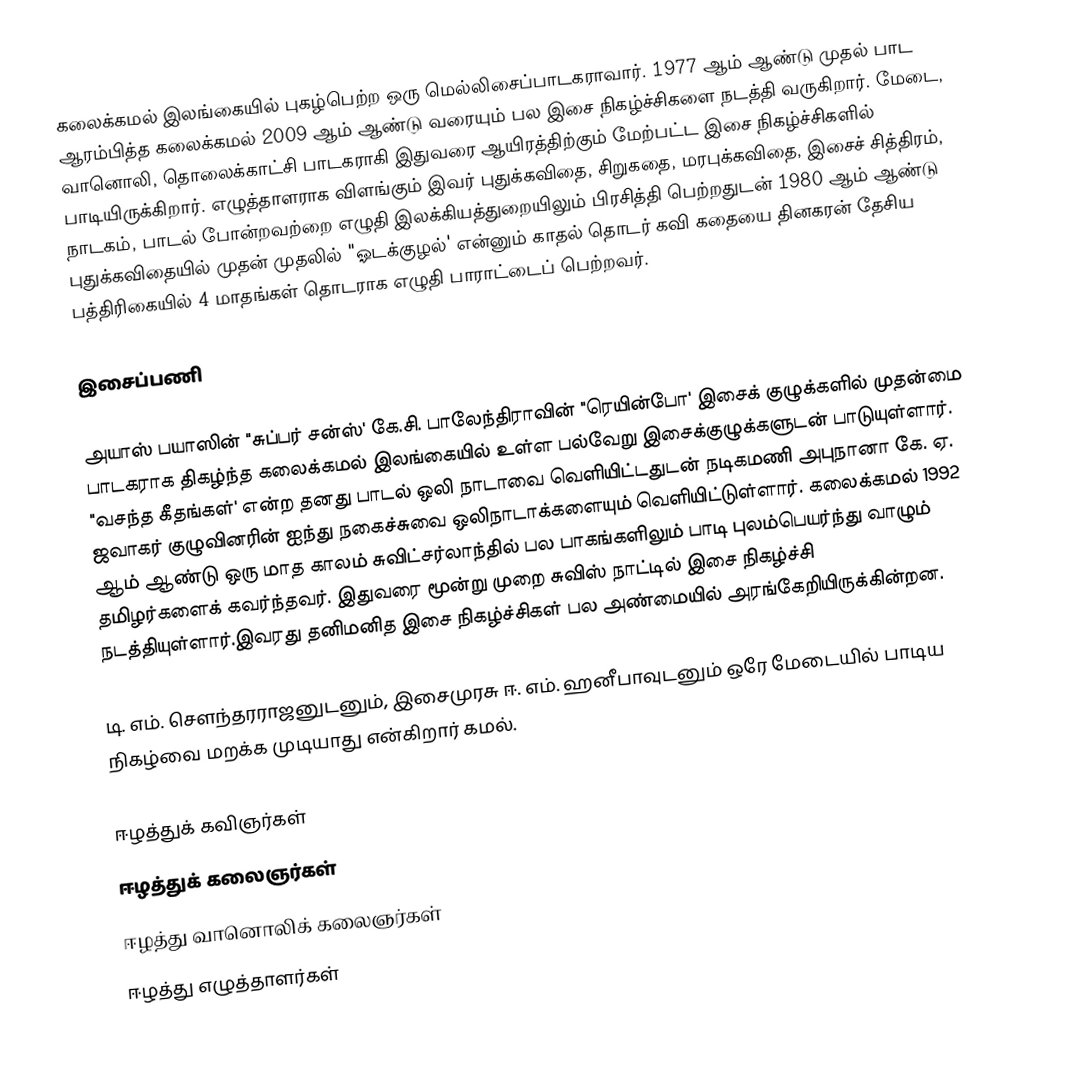
கலைக்கமல் இலங்கையில் புகழ்பெற்ற ஒரு மெல்லிசைப்பாடகராவார். 1977 ஆம் ஆண்டு முதல் பாட ஆரம்பித்த கலைக்கமல் 2009 ஆம் ஆண்டு வரையும் பல இசை நிகழ்ச்சிகளை நடத்தி வருகிறார். மேடை, வானொலி, தொலைக்காட்சி பாடகராகி இதுவரை ஆயிரத்திற்கும் மேற்பட்ட இசை நிகழ்ச்சிகளில் பாடியிருக்கிறார். எழுத்தாளராக விளங்கும் இவர் புதுக்கவிதை, சிறுகதை, மரபுக்கவிதை, இசைச் சித்திரம், நாடகம், பாடல் போன்றவற்றை எழுதி இலக்கியத்துறையிலும் பிரசித்தி பெற்றதுடன் 1980 ஆம் ஆண்டு புதுக்கவிதையில் முதன் முதலில் "ஓடக்குழல்' என்னும் காதல் தொடர் கவி கதையை தினகரன் தேசிய பத்திரிகையில் 4 மாதங்கள் தொடராக எழுதி பாராட்டைப் பெற்றவர்.

இசைப்பணி

அயாஸ் பயாஸின் "சுப்பர் சன்ஸ்' கே.சி. பாலேந்திராவின் "ரெயின்போ' இசைக் குழுக்களில் முதன்மை பாடகராக திகழ்ந்த கலைக்கமல் இலங்கையில் உள்ள பல்வேறு இசைக்குழுக்களுடன் பாடுயுள்ளார். "வசந்த கீதங்கள்' என்ற தனது பாடல் ஒலி நாடாவை வெளியிட்டதுடன் நடிகமணி அபுநானா கே. ஏ. ஜவாகர் குழுவினரின் ஐந்து நகைச்சுவை ஒலிநாடாக்களையும் வெளியிட்டுள்ளார். கலைக்கமல் 1992 ஆம் ஆண்டு ஒரு மாத காலம் சுவிட்சர்லாந்தில் பல பாகங்களிலும் பாடி புலம்பெயர்ந்து வாழும் தமிழர்களைக் கவர்ந்தவர். இதுவரை மூன்று முறை சுவிஸ் நாட்டில் இசை நிகழ்ச்சி நடத்தியுள்ளார்.இவரது தனிமனித இசை நிகழ்ச்சிகள் பல அண்மையில் அரங்கேறியிருக்கின்றன.

டி. எம். சௌந்தரராஜனுடனும், இசைமுரசு ஈ. எம். ஹனீபாவுடனும் ஒரே மேடையில் பாடிய நிகழ்வை மறக்க முடியாது என்கிறார் கமல்.

ஈழத்துக் கவிஞர்கள்
ஈழத்துக் கலைஞர்கள்
ஈழத்து வானொலிக் கலைஞர்கள்
ஈழத்து எழுத்தாளர்கள்